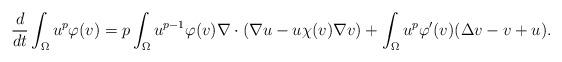
LaTeX: \begin{align*} \frac{d}{dt}\int_\Omega u^p\varphi(v) &= p\int_\Omega u^{p-1}\varphi(v)\nabla \cdot (\nabla u-u\chi(v)\nabla v) +\int_\Omega u^p\varphi'(v)(\Delta v-v+u).\end{align*}